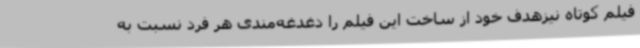
فیلم کوتاه نیزهدف خود از ساخت این فیلم را دغدغه‌مندی هر فرد نسبت به